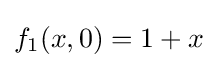
f_{1}(x,0)=1+x